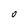
Character: O